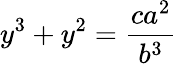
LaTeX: y^{3}+y^{2}={\frac{ca^{2}}{b^{3}}}